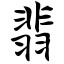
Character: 翡